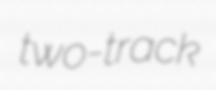
two-track